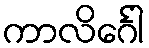
ကာလိင်္ဂေါ